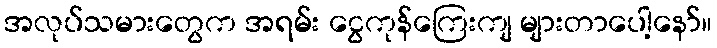
အလုပ်သမားတွေက အရမ်း ငွေကုန်ကြေးကျ များတာပေါ့နော်။